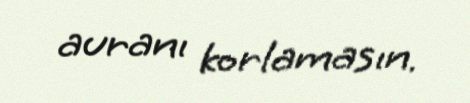
auranı korlamasın.